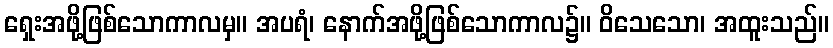
ရှေးအဖို့ဖြစ်သောကာလမှ။ အပရံ၊ နောက်အဖို့ဖြစ်သောကာလ၌။ ဝိသေသော၊ အထူးသည်။